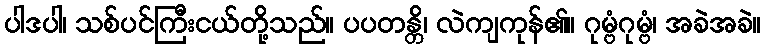
ပါဒပါ၊ သစ်ပင်ကြီးငယ်တို့သည်။ ပပတန္တိ၊ လဲကျကုန်၏။ ဂုမ္ဗံဂုမ္ဗံ၊ အခဲအခဲ။